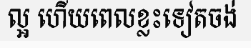
ល្អ ហើយពេលខ្លះទៀតចង់